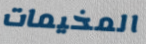
المخيمات